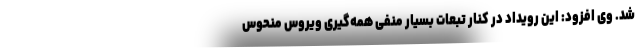
شد. وی افزود: این رویداد در کنار تبعات بسیار منفی همه‌گیری ویروس منحوس